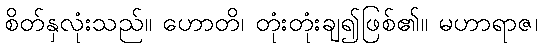
စိတ်နှလုံးသည်။ ဟောတိ၊ တုံးတုံးချ၍ဖြစ်၏။ မဟာရာဇ၊